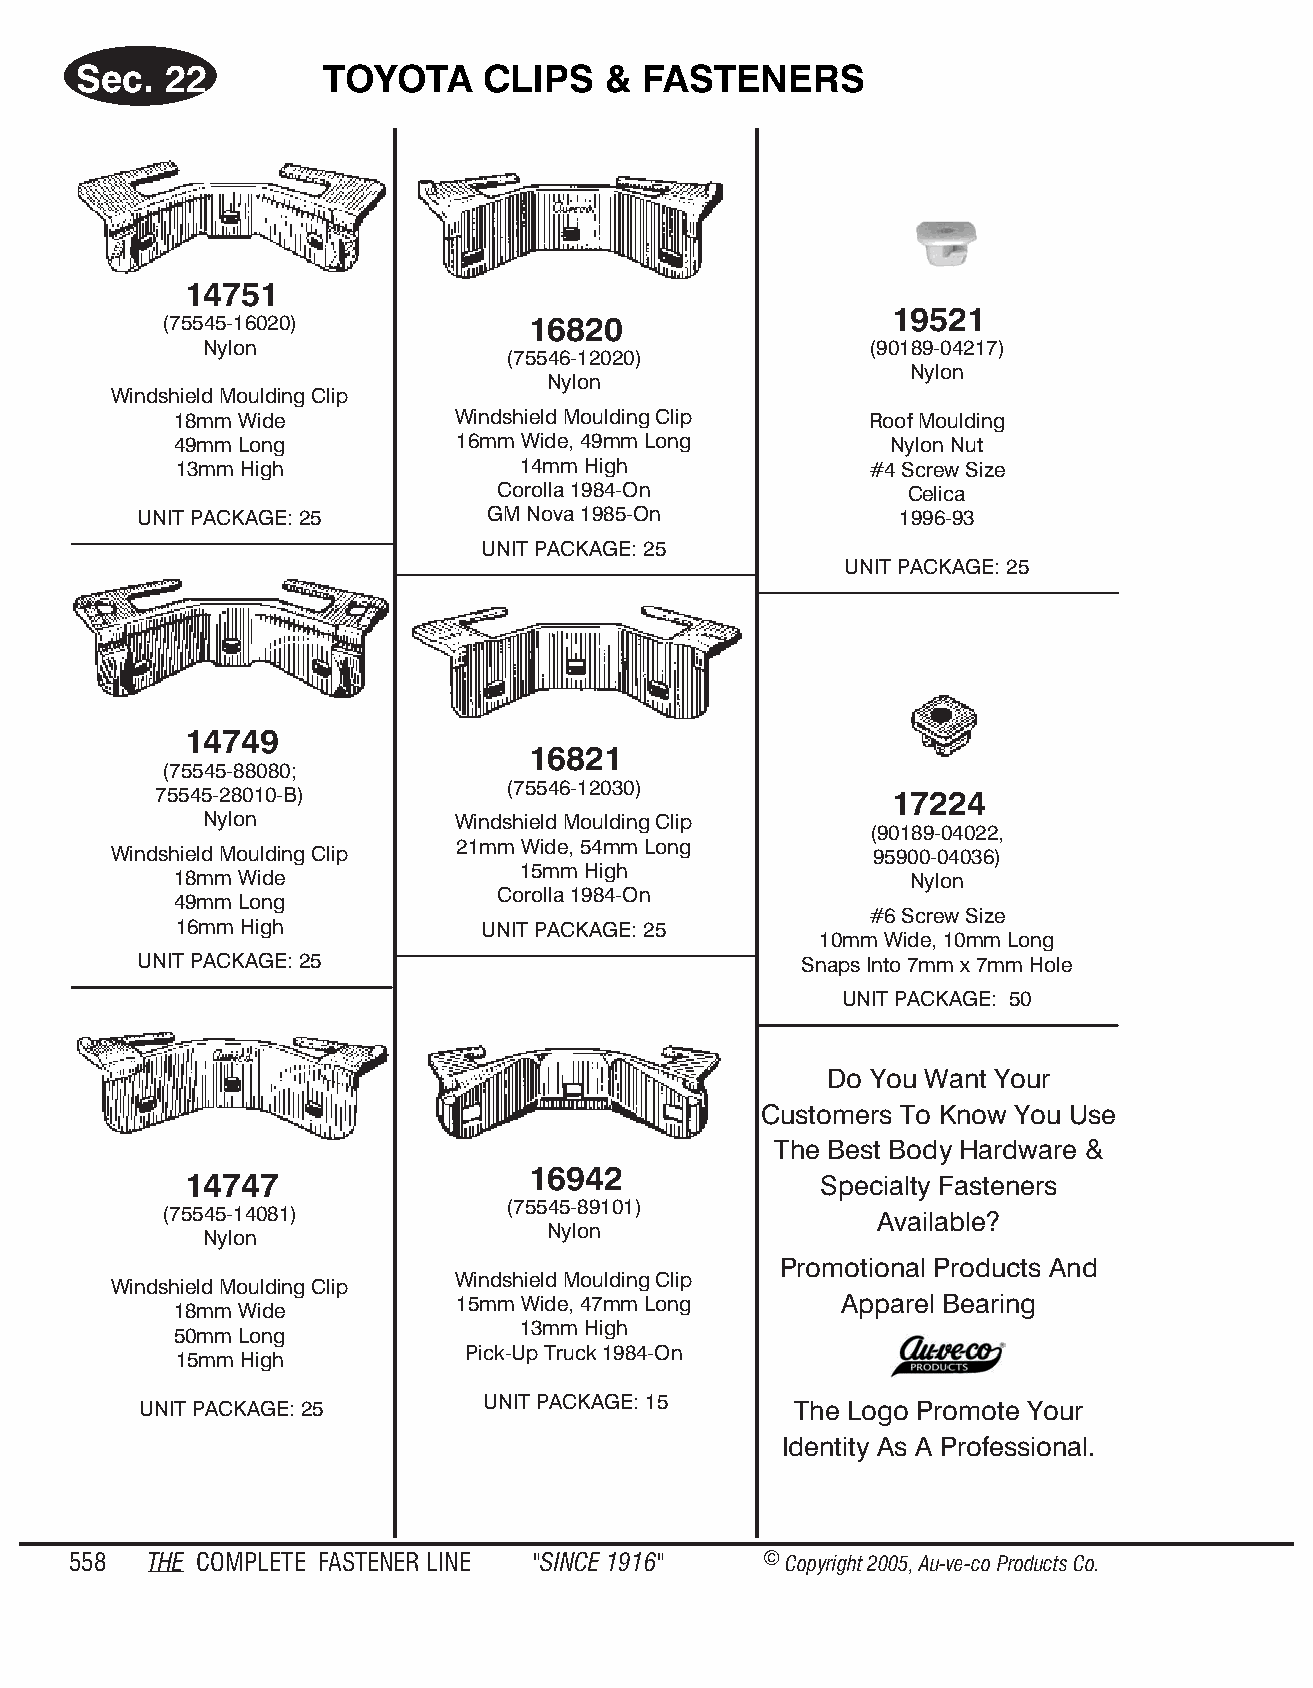
Sec.  22         TOY OTA   CLIPS   &  FAS TENE   RS
 14751
 19521
 (75545-16020)           16820
 Nylon                                       (90189-04217)
 (75546-12020)
 Nylon
 Nylon
 Windshield Moulding Clip
 18mm Wide         Windshield Moulding Clip    Roof Moulding
 49mm Long         16mm Wide, 49mm Long         Nylon Nut
 13mm High              14mm High              #4 Screw Size
 Corolla 1984-On            Celica
 UNIT PACKAGE: 25       GM Nova 1985-On             1996-93
 UNIT PACKAGE: 25
 UNIT PACKAGE: 25
 14749
 16821
 (75545-88080;
 (75546-12030)
 75545-28010-B)                                  17224
 Nylon           Windshield Moulding Clip
 (90189-04022,
 21mm Wide, 54mm Long
 Windshield Moulding Clip                          95900-04036)
 15mm High
 18mm Wide                                       Nylon
 Corolla 1984-On
 49mm Long
 #6 Screw Size
 16mm High           UNIT PACKAGE: 25
 10mm Wide, 10mm Long
 UNIT PACKAGE: 25                            Snaps Into 7mm x 7mm Hole
 UNIT PACKAGE: 50
 Do You Want Your
 Customers To Know You Use
 The Best Body Hardware &
 16942
 14747                                      Specialty Fasteners
 (75545-89101)
 (75545-14081)                                  Available?
 Nylon
 Nylon
 Promotional Products And
 Windshield Moulding Clip
 Windshield Moulding Clip
 15mm Wide, 47mm Long      Apparel Bearing
 18mm Wide
 13mm High
 50mm Long
 Pick-Up Truck 1984-On
 15mm High
 UNIT PACKAGE: 25       UNIT PACKAGE: 15     The Logo Promote Your
 Identity As A Professional.
 558  THE COM PLETE FAST ENER LINE "SINCE 1916" © Copyr ight 2005, Au-ve-co Produ cts Co.